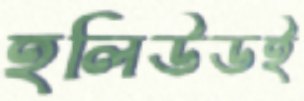
হলিউডই